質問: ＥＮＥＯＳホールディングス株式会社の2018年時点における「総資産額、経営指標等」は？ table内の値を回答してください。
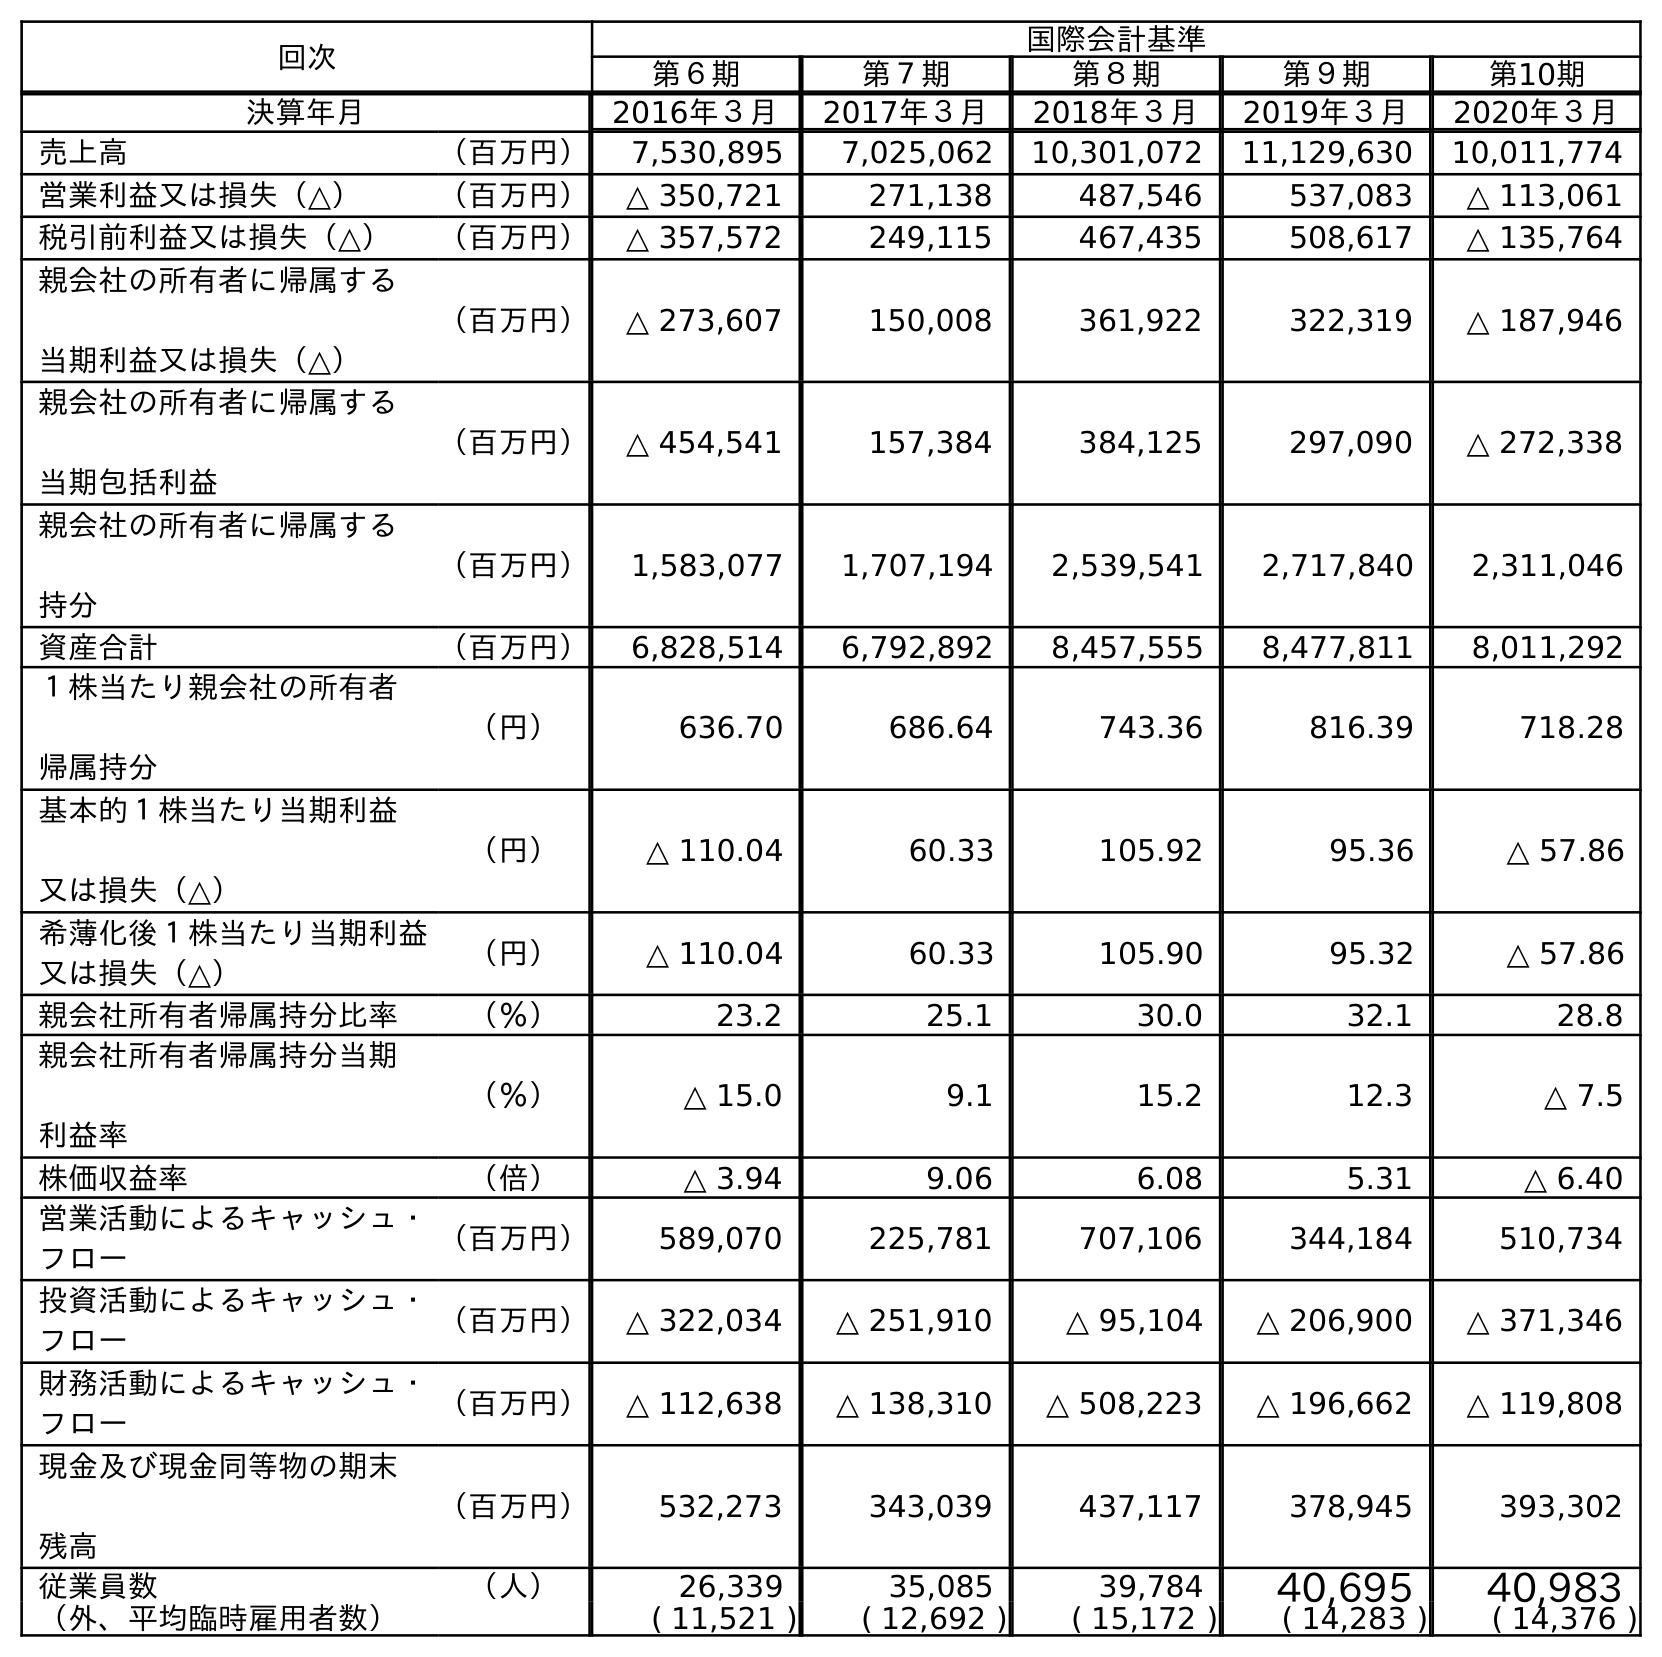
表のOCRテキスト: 回次 国際会計基準 第６期 第７期 第８期 第９期 第10期 決算年月 2016年３月 2017年３月 2018年３月 2019年３月 2020年３月 売上高 （百万円） 7,530,895 7,025,062 10,301,072 11,129,630 10,011,774 営業利益又は損失（△） （百万円） △ 350,721 271,138 487,546 537,083 △ 113,061 税引前利益又は損失（△） （百万円） △ 357,572 249,115 467,435 508,617 △ 135,764 親会社の所有者に帰属する 当期利益又は損失（△） （百万円） △ 273,607 150,008 361,922 322,319 △ 187,946 親会社の所有者に帰属する 当期包括利益 （百万円） △ 454,541 157,384 384,125 297,090 △ 272,338 親会社の所有者に帰属する 持分 （百万円） 1,583,077 1,707,194 2,539,541 2,717,840 2,311,046 資産合計 （百万円） 6,828,514 6,792,892 8,457,555 8,477,811 8,011,292 １株当たり親会社の所有者 帰属持分 （円） 636.70 686.64 743.36 816.39 718.28 基本的１株当たり当期利益 又は損失（△） （円） △ 110.04 60.33 105.92 95.36 △ 57.86 希薄化後１株当たり当期利益 又は損失（△） （円） △ 110.04 60.33 105.90 95.32 △ 57.86 親会社所有者帰属持分比率 （％） 23.2 25.1 30.0 32.1 28.8 親会社所有者帰属持分当期 利益率 （％） △ 15.0 9.1 15.2 12.3 △ 7.5 株価収益率 （倍） △ 3.94 9.06 6.08 5.31 △ 6.40 営業活動によるキャッシュ・ フロー （百万円） 589,070 225,781 707,106 344,184 510,734 投資活動によるキャッシュ・ フロー （百万円） △ 322,034 △ 251,910 △ 95,104 △ 206,900 △ 371,346 財務活動によるキャッシュ・ フロー （百万円） △ 112,638 △ 138,310 △ 508,223 △ 196,662 △ 119,808 現金及び現金同等物の期末 残高 （百万円） 532,273 343,039 437,117 378,945 393,302 従業員数 （人） 26,339 35,085 39,784 40,695 40,983 （外、平均臨時雇用者数） ( 11,521 ) ( 12,692 ) ( 15,172 ) ( 14,283 ) ( 14,376 )
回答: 8,457,555